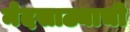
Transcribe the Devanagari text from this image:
मेदसाठ्याची